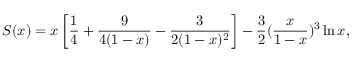
S ( x ) = x \left[ { \frac { 1 } { 4 } } + { \frac { 9 } { 4 ( 1 - x ) } } - { \frac { 3 } { 2 ( 1 - x ) ^ { 2 } } } \right] - { \frac { 3 } { 2 } } ( { \frac { x } { 1 - x } } ) ^ { 3 } \ln { x } ,